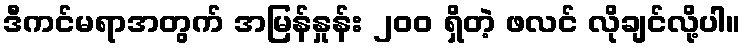
ဒီကင်မရာအတွက် အမြန်နှုန်း ၂၀၀ ရှိတဲ့ ဖလင် လိုချင်လို့ပါ။